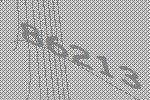
86213